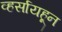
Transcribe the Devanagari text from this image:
व्हर्सायहून